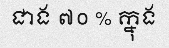
ជាង ៧០ % ក្នុង